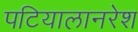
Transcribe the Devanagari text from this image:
पटियालानरेश